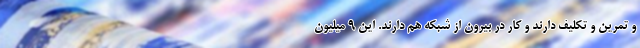
و تمرین و تکلیف دارند و کار در بیرون از شبکه هم دارند. این ۹ میلیون